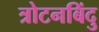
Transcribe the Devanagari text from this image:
त्रोटनबिंदु